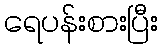
ရေပန်းစားပြီး